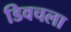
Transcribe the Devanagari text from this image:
डिवचला